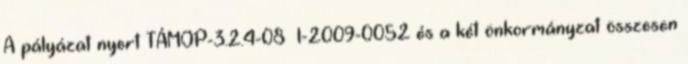
A pályázat nyert TÁMOP-3.2.4-08 1-2009-0052 és a két önkormányzat összesen